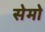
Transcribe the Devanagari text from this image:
सेमो